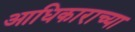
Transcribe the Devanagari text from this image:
आधिकाराच्या